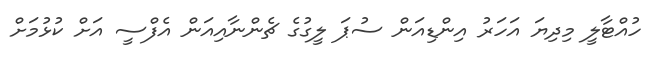
ހުއްޓާލީ މިދިޔަ އަހަރު އިންޑިއަން ސުޕަ ލީގުގެ ޗެންނާއިއަން އެފްސީ އަށް ކުޅުމަށް